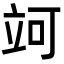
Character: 𥩤